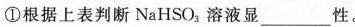
①根据上表判断NaHSO_{3}溶液显___性。